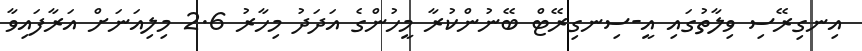
އިނގިރޭސި ވިލާތުގައި އީ-ސިނގިރޭޓް ބޭނުންކުރާ މީހުންގެ އަދަދު މިހާރު 2.6 މިލިއަނަށް އަރާފައިވާ